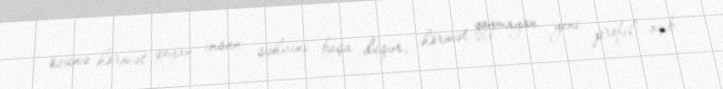
özünə hörmət qoyan insan səhvini başa düşər, hörmət qoymayan yeni profil açıb